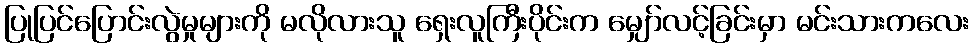
ပြုပြင်ပြောင်းလွဲမှုများကို မလိုလားသူ ရှေးလူကြီးပိုင်းက မျှော်လင့်ခြင်းမှာ မင်းသားကလေး